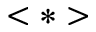
< * >